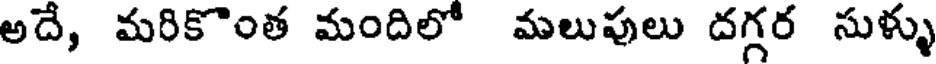
అదే, మరికొంత మందిలో మలుపులు దగ్గర సుళ్ళు